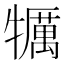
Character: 犡